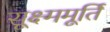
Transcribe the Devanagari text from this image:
सूक्ष्ममूर्ति